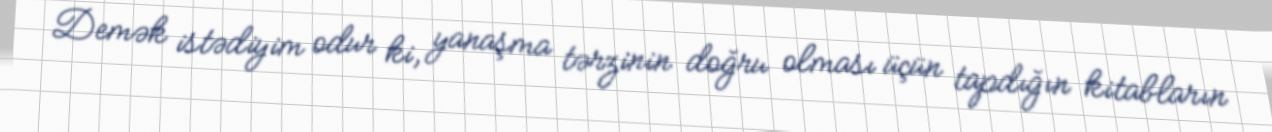
Demək istədiyim odur ki, yanaşma tərzinin doğru olması üçün tapdığın kitabların